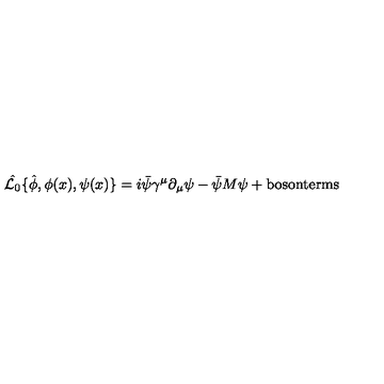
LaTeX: \hat { { \cal L } _ { 0 } } \{ \hat { \phi } , \phi ( x ) , \psi ( x ) \} = i \bar { \psi } \gamma ^ { \mu } \partial _ { \mu } \psi - \bar { \psi } M \psi + \mathrm { b o s o n t e r m s }